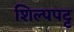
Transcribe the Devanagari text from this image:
शिल्पपट्ट